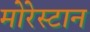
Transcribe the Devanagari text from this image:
मोरेस्टान